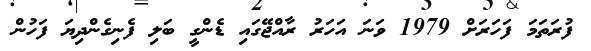
ފުރަތަމަ ފަހަރަށް 1979 ވަނަ އަހަރު ރާއްޖޭގައި ޑެންގީ ބަލި ފެނިގެންދިޔަ ފަހުން